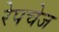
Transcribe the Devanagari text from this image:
रेपचेज